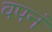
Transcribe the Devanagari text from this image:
वपनं